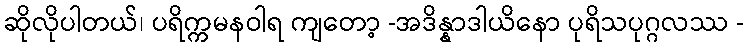
ဆိုလိုပါတယ်၊ ပရိက္ကမနဝါရ ကျတော့ -အဒိန္နာဒါယိနော ပုရိသပုဂ္ဂလဿ -